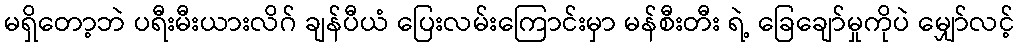
မရှိတော့ဘဲ ပရီးမီးယားလိဂ် ချန်ပီယံ ပြေးလမ်းကြောင်းမှာ မန်စီးတီး ရဲ့ ခြေချော်မှုကိုပဲ မျှော်လင့်